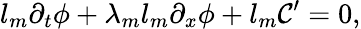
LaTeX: l_{m}\partial_{t}\phi+\lambda_{m}l_{m}\partial_{x}\phi+l_{m}\mathcal{C}^{\prime}=0,